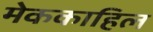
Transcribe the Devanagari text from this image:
मेककाहिल